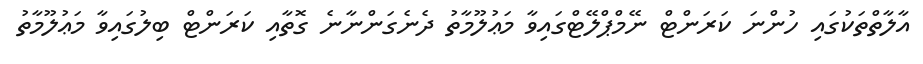
އާލާތްތަކުގައި ހުންނަ ކަރަންޓް ނޭމްޕްލޭޓްގައިވާ މަޢުލޫމާތު ދެނެގަންނާނެ ގޮތާއި ކަރަންޓް ބިލުގައިވާ މަޢުލޫމާތު